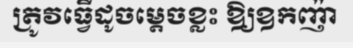
ត្រូវធ្វើដូចម្តេចខ្លះ ឱ្យឧកញ៉ា